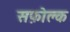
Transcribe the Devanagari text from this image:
सफ़ोल्क